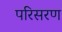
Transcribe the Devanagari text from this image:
परिसरण